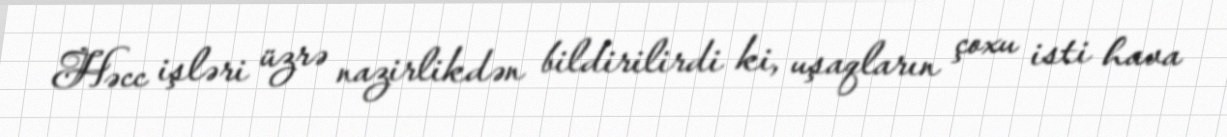
Həcc işləri üzrə nazirlikdən bildirilirdi ki, uşaqların çoxu isti hava